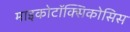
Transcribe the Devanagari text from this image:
माइकोटॉक्सिकोसिस